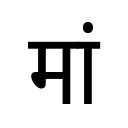
OCR:
मां